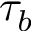
\tau _ { b }